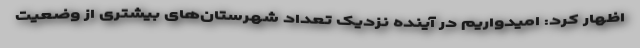
اظهار کرد: امیدواریم در آینده نزدیک تعداد شهرستان‌های بیشتری از وضعیت